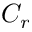
C _ { r }